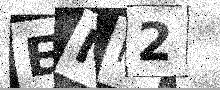
Text: EMH2